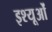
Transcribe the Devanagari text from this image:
इश्यूओं